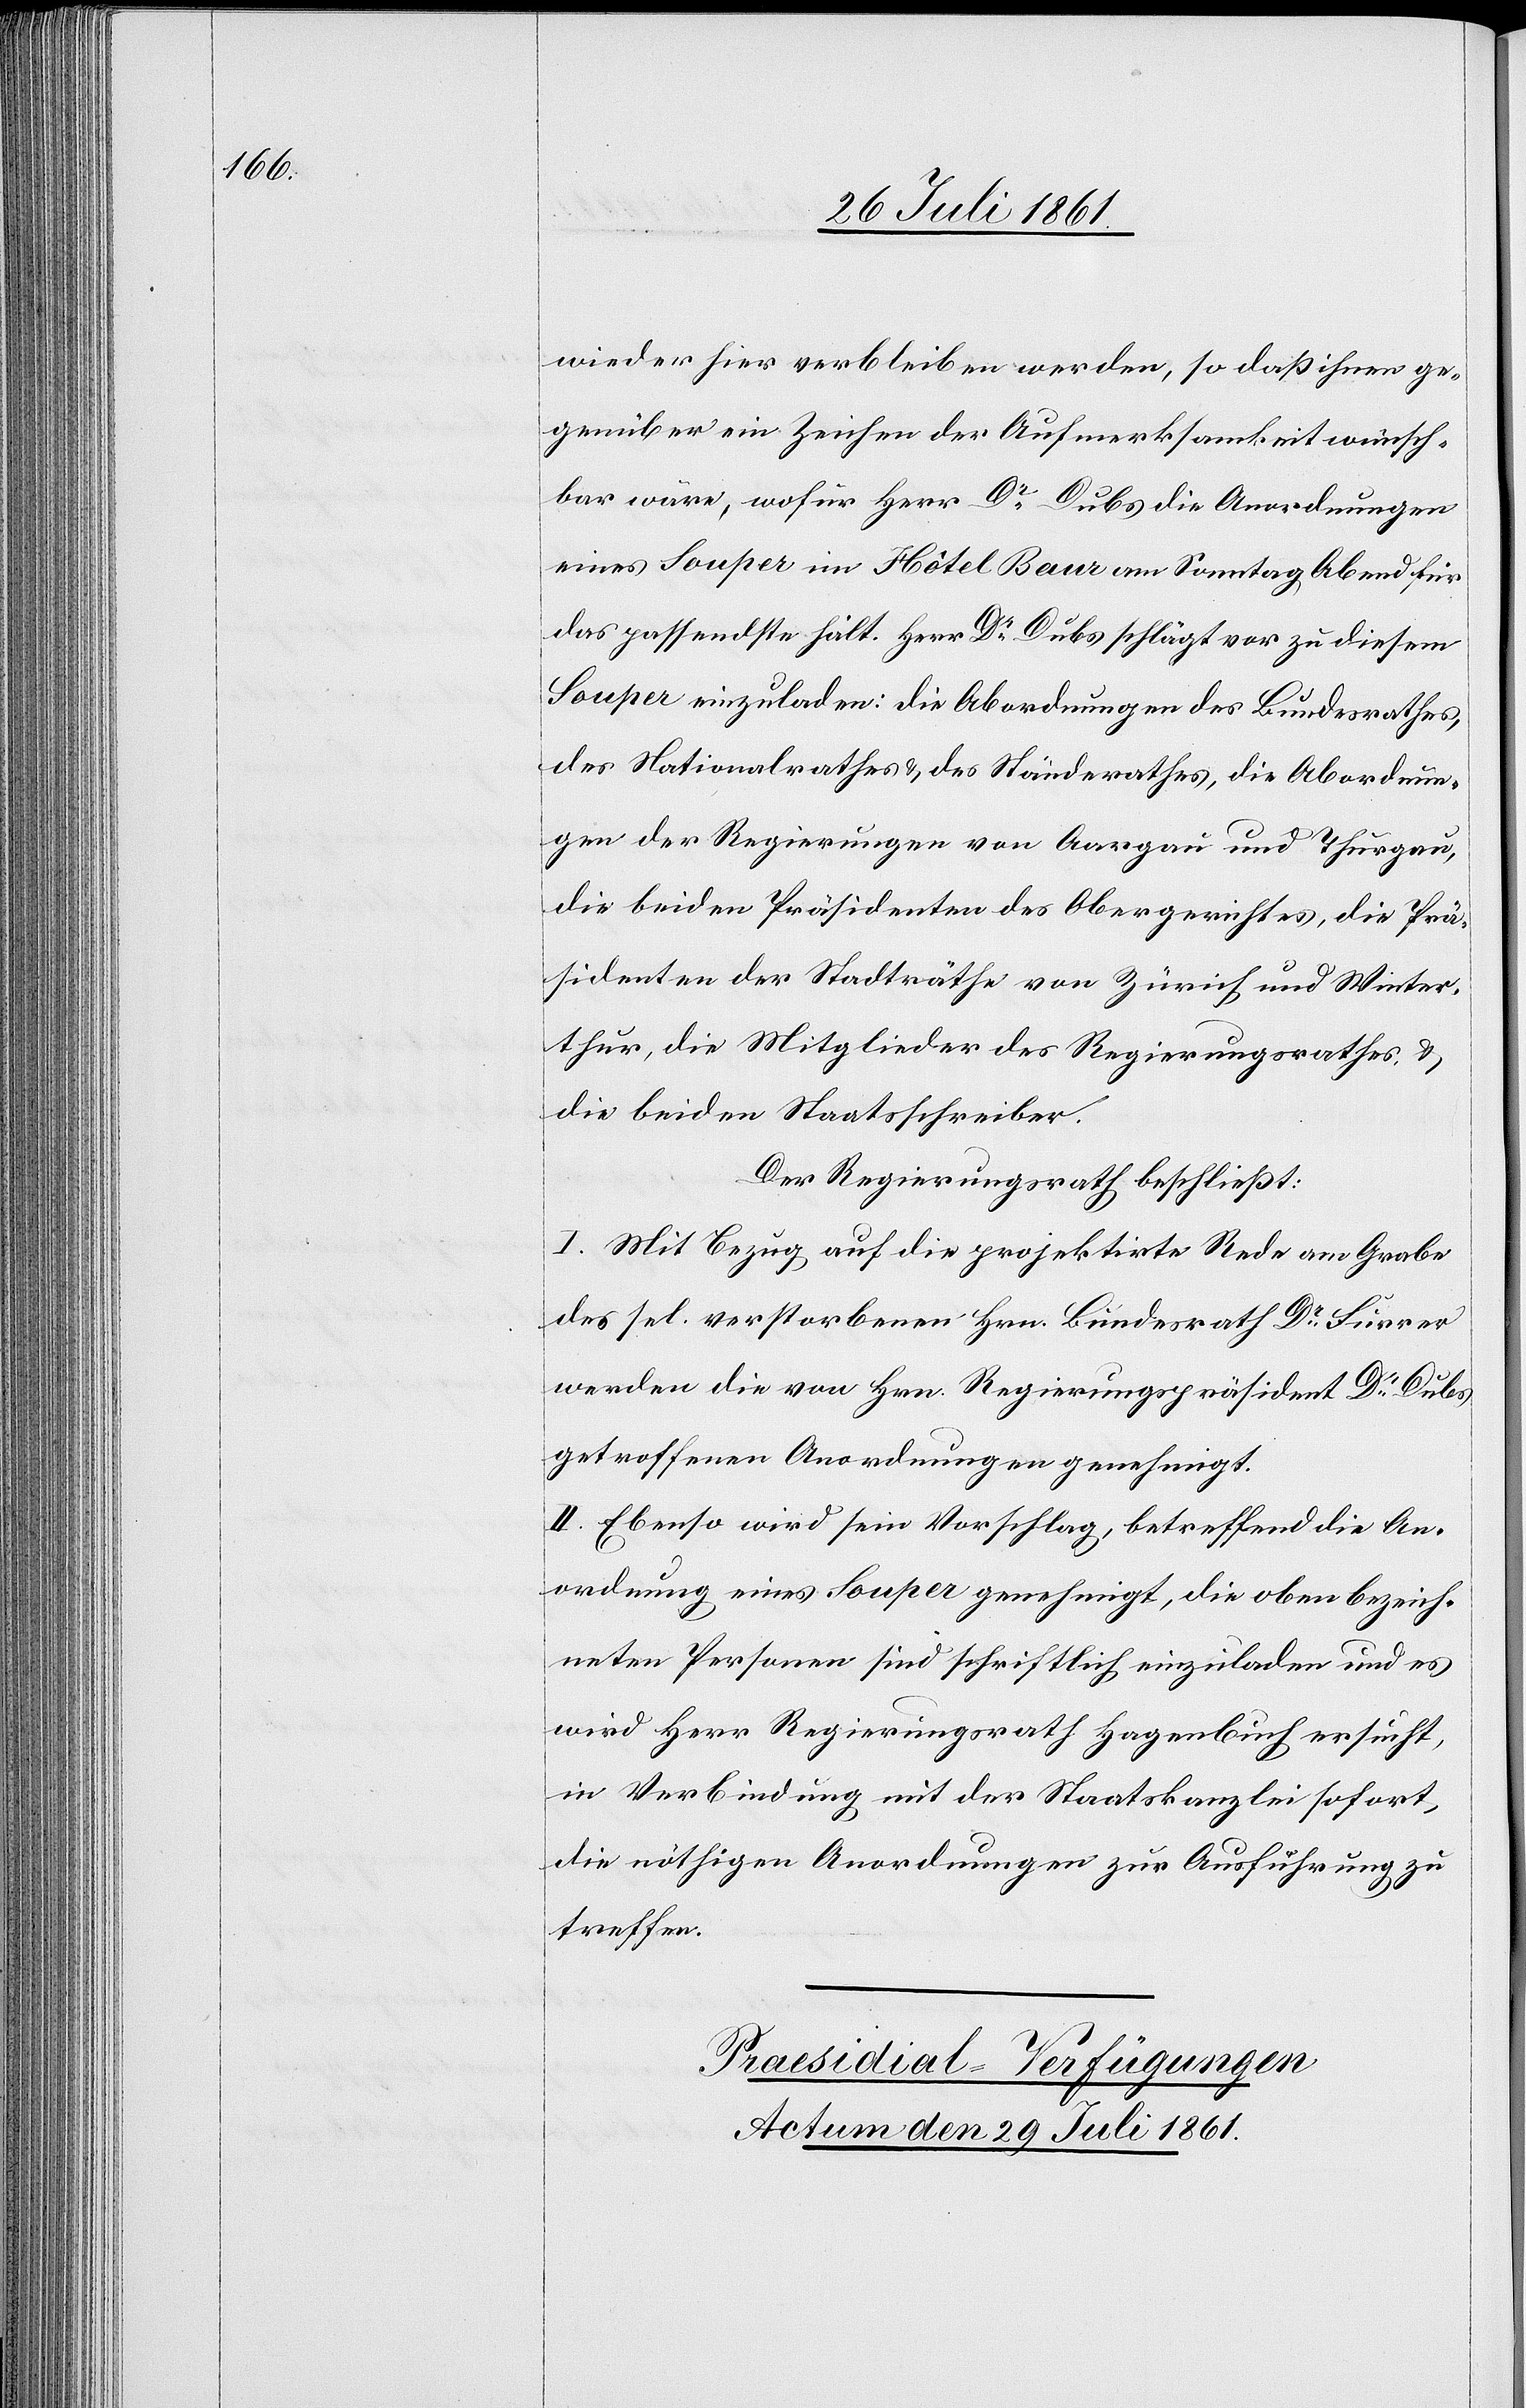
wieder hier verbleiben werden, so daß ihnen ge¬
genüber ein Zeichen der Aufmerksamkeit wünsch¬
bar wäre, wofür Herr Dr Dubs die Anordnungen
eines Souper im Hôtel Baur am Sonntag Abend für
das passendste hält. Herr Dr Dubs schlägt vor zu diesem
Souper einzuladen: die Abordnungen des Bundesrathes,
des Nationalrathes u. des Ständerathes, die Abordnun¬
gen der Regierungen von Aargau und Thurgau,
die beiden Präsidenten des Obergerichtes, die Prä¬
sidenten der Stadträthe von Zürich und Winter¬
thur, die Mitglieder des Regierungsrathes u.
die beiden Staatsschreiber.
Der Regierungsrath beschließt:
I. Mit Bezug auf die projektirte Rede am Grabe
des sel. verstorbenen Hrn. Bundesrath Dr Furrer
werden die von Hrn. Regierungspräsident Dr Dubs
getroffenen Anordnungen genehmigt.
II. Ebenso wird sein Vorschlag, betreffend die An¬
ordnung eines Souper genehmigt, die oben bezeich¬
neten Personen sind schriftlich einzuladen und es
wird Herr Regierungsrath Hagenbuch ersucht,
in Verbindung mit der Staatskanzlei sofort,
die nöthigen Anordnungen zur Ausführung zu
treffen.
Präsidial-Verfügungen.
Actum den 29 Juli 1861.